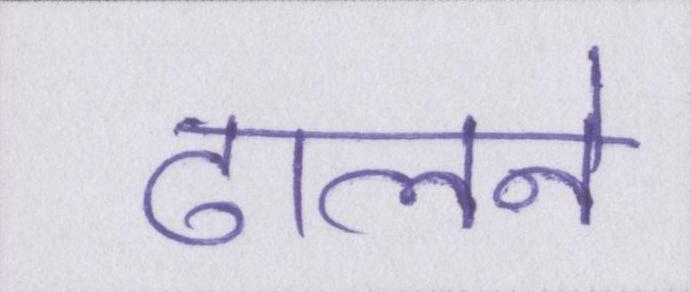
ढालने